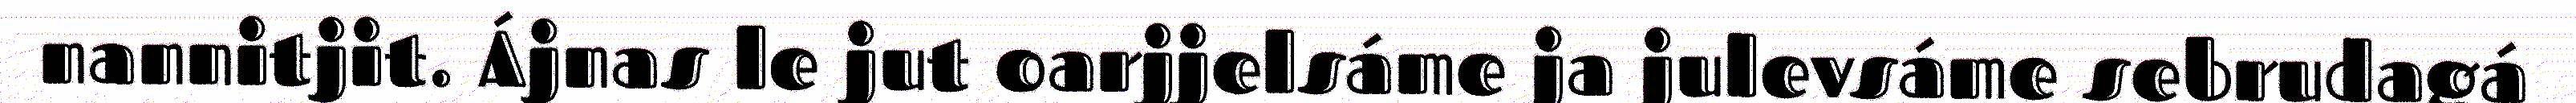
nannitjit. Ájnas le jut oarjjelsáme ja julevsáme sebrudagá